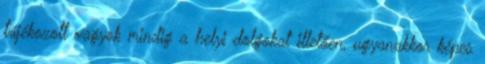
tájékozott vagyok mindig a helyi dolgokat illetően, ugyanakkor képes